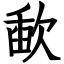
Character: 歃